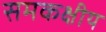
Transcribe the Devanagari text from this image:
समकक्षीय